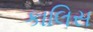
કાલિસ